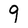
Character: 9